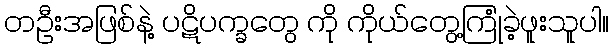
တဦးအဖြစ်နဲ့ ပဋိပက္ခတွေ ကို ကိုယ်တွေ့ကြုံခဲ့ဖူးသူပါ။